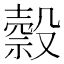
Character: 𣫇